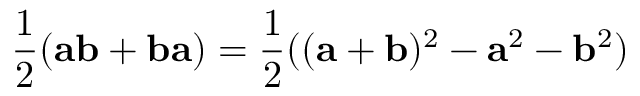
{ \frac { 1 } { 2 } } ( \mathbf { a b } + \mathbf { b a } ) = { \frac { 1 } { 2 } } ( ( \mathbf { a } + \mathbf { b } ) ^ { 2 } - \mathbf { a } ^ { 2 } - \mathbf { b } ^ { 2 } )